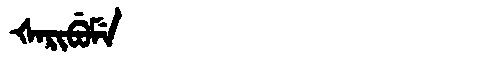
Manchu: ᡧᠠᡵᡳᠪᡠᠮᡝ
Romanization: ŠARIBUME